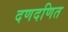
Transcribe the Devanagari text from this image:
दणदणित